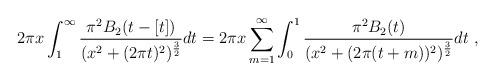
LaTeX: \begin{align*}2\pi x \int_1^\infty {\pi^2 B_2(t-[t])\over(x^2+(2\pi t)^2)^{{3\over 2}}} dt = 2\pi x \sum_{m=1}^\infty \int_0^1{\pi^2 B_2(t)\over (x^2+(2\pi (t+m))^2)^{{3\over 2}}} dt \ ,\end{align*}